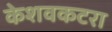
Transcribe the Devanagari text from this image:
केशवकटरा